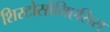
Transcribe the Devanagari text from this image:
शिस्टोसोमिएसिस